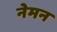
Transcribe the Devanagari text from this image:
नेमन